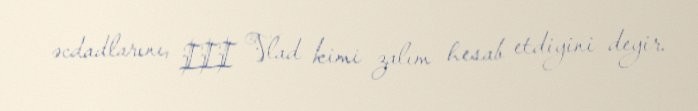
əcdadlarını, III Vlad kimi zalım hesab etdiyini deyir.